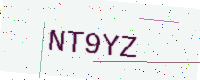
Text: NT9YZ